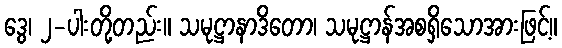
ဒွေ၊ ၂-ပါးတို့တည်း။ သမုဋ္ဌာနာဒိတော၊ သမုဋ္ဌာန်အစရှိသောအားဖြင့်။